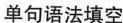
单句语法填空